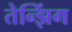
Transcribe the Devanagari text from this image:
तेन्झिंग